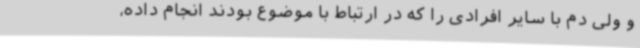
و ولی دم با سایر افرادی را که در ارتباط با موضوع بودند انجام داده،